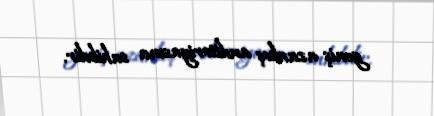
geniş azarkeş auditoriyasına sahibdir.